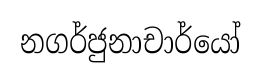
නගර්ජුනාචාර්යෝ